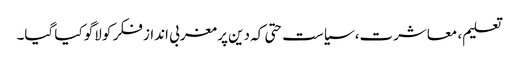
تعلیم، معاشرت، سیاست حتی کہ دین پر مغربی انداز فکر کو لاگو کیا گیا۔